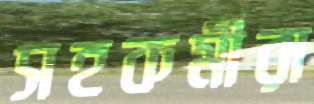
সহকর্মীরা